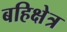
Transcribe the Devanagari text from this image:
बहिक्षेत्र